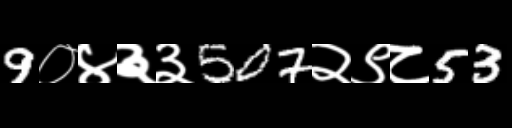
Text: 9०४३३507२९८53